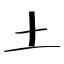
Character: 土